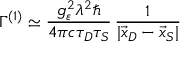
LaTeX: \Gamma ^ { ( 1 ) } \simeq \frac { g _ { \varepsilon } ^ { 2 } \lambda ^ { 2 } \hbar } { 4 \pi c \tau _ { D } \tau _ { S } } \, \frac { 1 } { | \vec { x } _ { D } - \vec { x } _ { S } | }